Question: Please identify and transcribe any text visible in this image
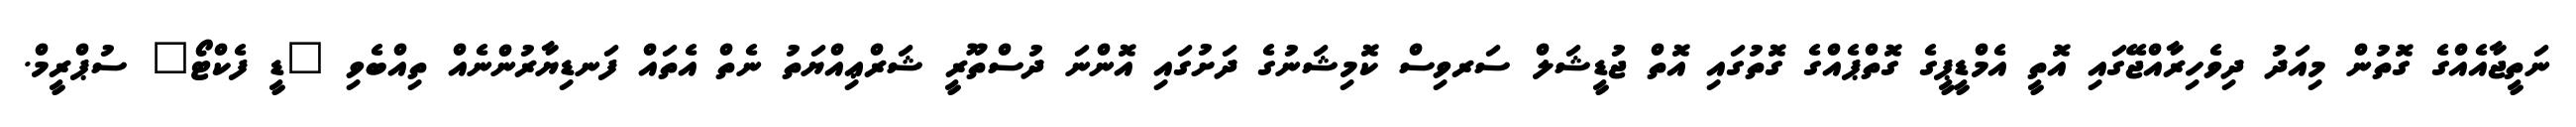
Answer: ނަތީޖާއެއްގެ ގޮތުން މިއަދު ދިވެހިރާއްޖޭގައި އޮތީ އެމްޑީޕީގެ ގޮތްޕެއްގެ ގޮތުގައި އޮތް ޖުޑީޝަލް ސަރވިސް ކޮމިޝަނުގެ ދަށުގައި އޮންނަ ދުސްތޫރީ ޝަރްޢިއްޔަތު ނެތް އެތައް ފަނޑިޔާރުންނެއް ތިއްބެވި "ޑީ ފެކްޓޯ" ސުޕްރީމް.